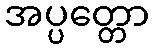
အပ္ပတ္တော